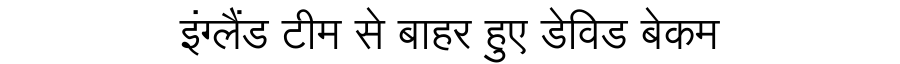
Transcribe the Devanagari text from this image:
इंग्लैंड टीम से बाहर हुए डेविड बेकम